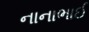
નાનાભાઈ